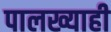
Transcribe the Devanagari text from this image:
पालख्याही